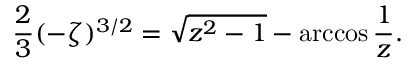
{ \frac { 2 } { 3 } } ( - \zeta ) ^ { 3 / 2 } = \sqrt { z ^ { 2 } - 1 } - \operatorname { a r c c o s } { \frac { 1 } { z } } .